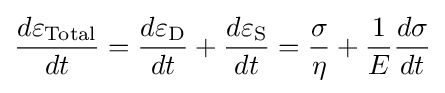
{\frac {d\varepsilon _{\mathrm {Total} }}{dt}}={\frac {d\varepsilon _{\rm {D}}}{dt}}+{\frac {d\varepsilon _{\rm {S}}}{dt}}={\frac {\sigma }{\eta }}+{\frac {1}{E}}{\frac {d\sigma }{dt}}